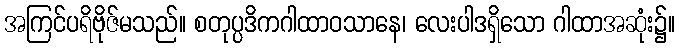
အကြင်ပရိဗိုဇ်မသည်။ စတုပ္ပဒိကဂါထာဝသာနေ၊ လေးပါဒရှိသော ဂါထာအဆုံး၌။